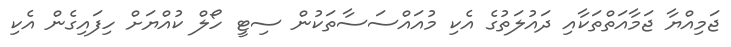
ޖަމިއްޔާ ޖަމާއަތްތަކާއި ދައުލަތުގެ އެކި މުއައްސަސާތަކުން ސިޓީ ހޯލް ކުއްޔަށް ހިފައިގެން އެކި